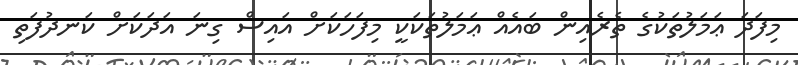
މިފަދަ ޢަމަލުތަކުގެ ތެރެއިން ބައެއް ޢަމަލުތަކަކީ މިފަހަކަށް އައިސް ގިނަ އަދަކަށް ކަނދުފަތި